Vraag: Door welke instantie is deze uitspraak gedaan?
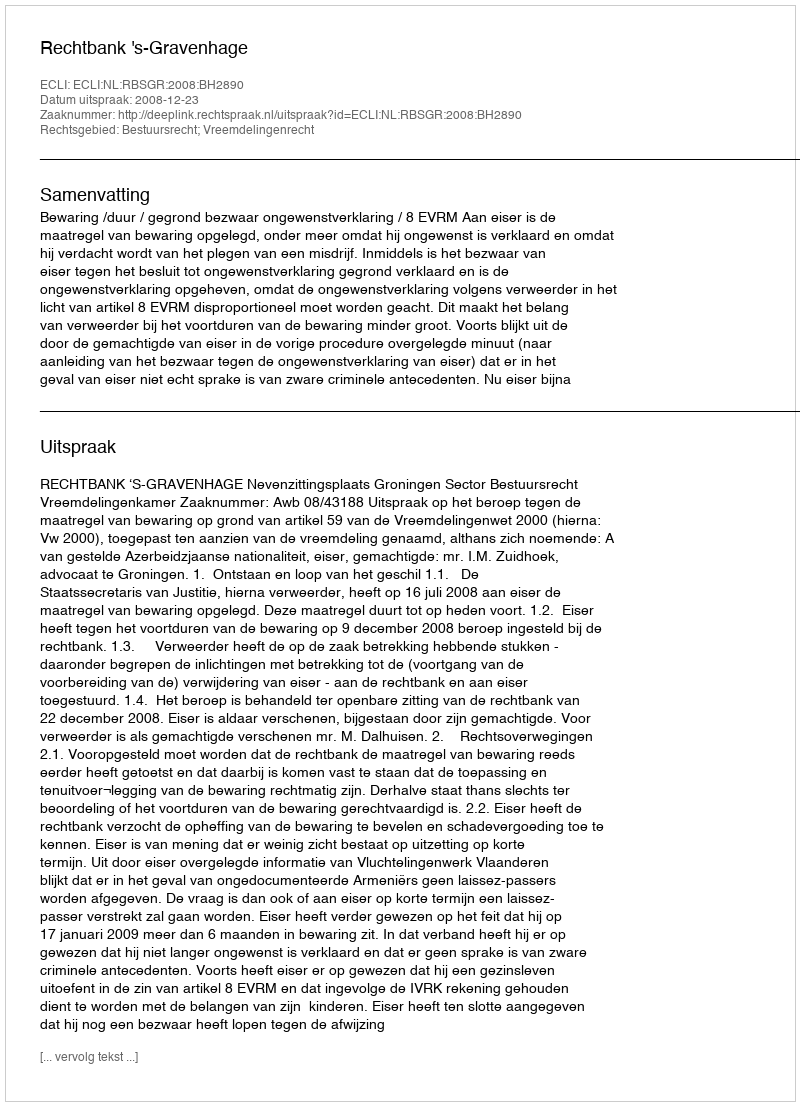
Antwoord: Rechtbank 's-Gravenhage